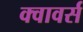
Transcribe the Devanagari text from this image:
क्वावर्स